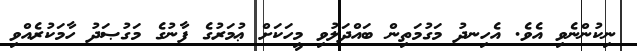
ނިކުންނެވި އެވެ. އެހިނދު މަގުމަތިން ބައްދަލުވި މީހަކަށް ޢުމަރުގެ ފާނުގެ މަގުޞަދު ހާމަކުރެއްވި